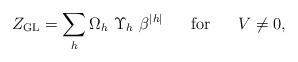
LaTeX: \begin{align*}Z_{\rm GL}=\sum_h \Omega_h~\Upsilon_h~\beta^{|h|} \;\;\;\;\;\;{\rm for}\;\;\;\;\;\;V \neq 0,\end{align*}